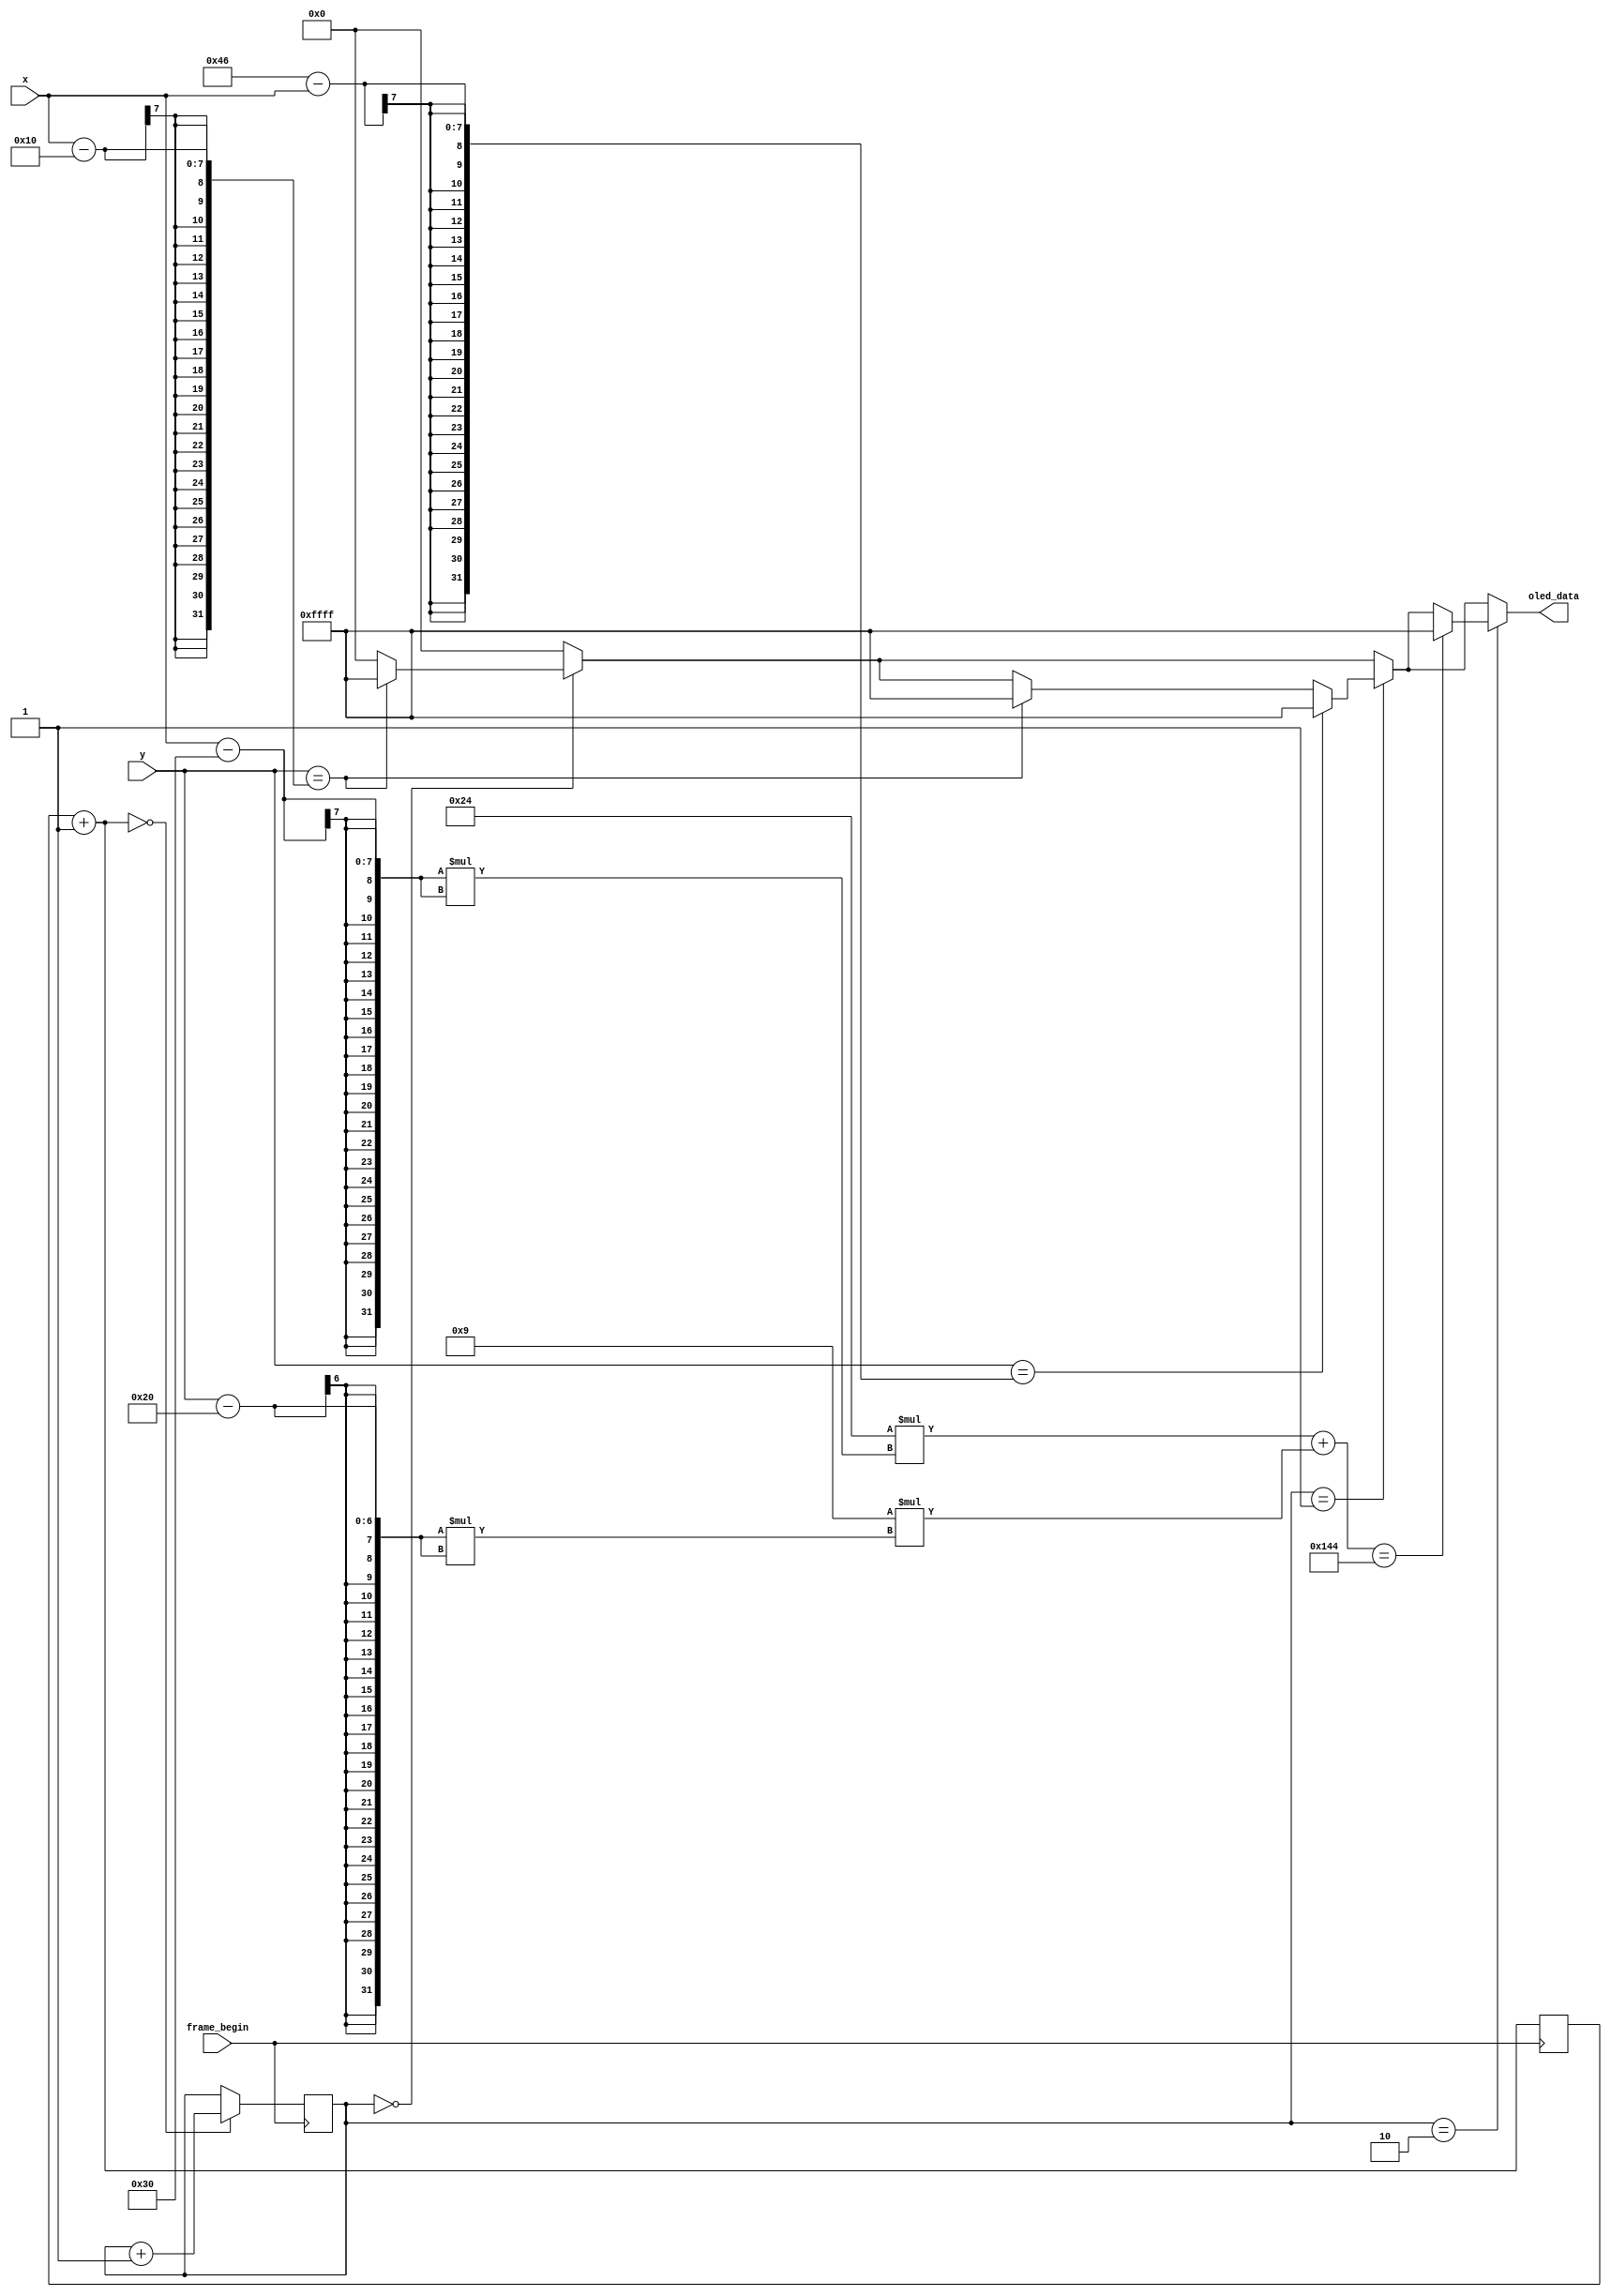
`timescale 1ns / 1ps
//////////////////////////////////////////////////////////////////////////////////
// Company: 
// Engineer: 
// 
// Design Name: 
// Module Name: test_frame_begin
// Project Name: 
// Target Devices: 
// Tool Versions: 
// Description: 
// 
// Dependencies: 
// 
// Revision:
// Revision 0.01 - File Created
// Additional Comments:
// 
//////////////////////////////////////////////////////////////////////////////////


module test_frame_begin(
    input frame_begin,
    input [6:0] x,
    input [5:0] y,
    output reg [15:0] oled_data
    );
    
    reg [2:0] frames = 0;
    wire [15:0] back_color = 16'h0000;
    wire [15:0] game_color = 16'hFFFF;
    reg [6:0] counter = 0;
    always @ (posedge frame_begin) begin
        counter = counter + 1;
        if (counter == 0) begin  
            frames = frames + 1;
        end
    end
    
    always @ (frames) begin
        oled_data = back_color;
        if (frames == 0) begin
            if (y == x - 16)begin
                oled_data = game_color;
            end
        end
        if (frames == 1) begin
            if (y == x - 16)begin
                oled_data = game_color;
            end
            if (y == 70 - x)begin
                oled_data = game_color;
            end
        end
        if (frames == 2) begin
            if (36 * ((x - 48) * (x - 48)) + 9 * ((y - 32) * (y - 32)) == 324)begin
                oled_data = game_color;
            end
        end
    end
endmodule